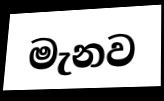
මැනව